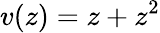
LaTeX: v(z)=z+z^{2}